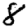
Digit: 8